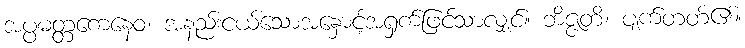
အပ္ပမတ္တကေနေဝ၊ အနည်းငယ်သောအနှောင့်အရှက်ဖြင့်သာလျှင်။ ဘိဇ္ဇတိ၊ ပျက်တတ်၏။